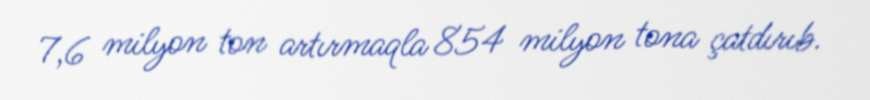
7,6 milyon ton artırmaqla 854 milyon tona çatdırıb.